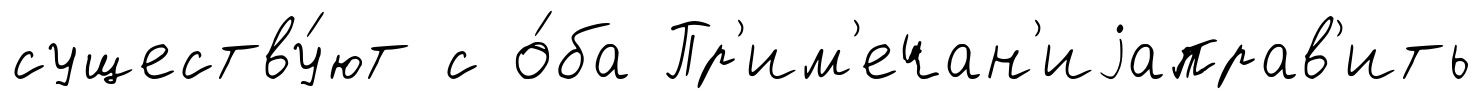
существу́ют с о́ба Пр'им'ечан'иjаправ'ить